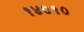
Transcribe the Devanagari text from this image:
१४०१०